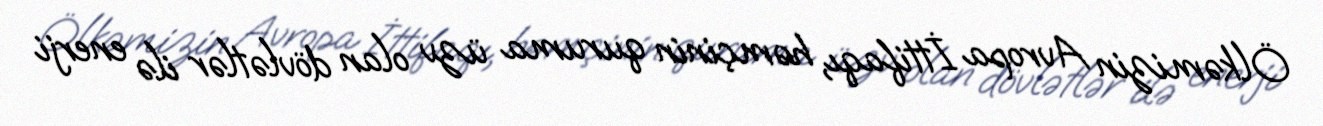
Ölkəmizin Avropa İttifaqı, həmçinin quruma üzv olan dövlətlər ilə enerji